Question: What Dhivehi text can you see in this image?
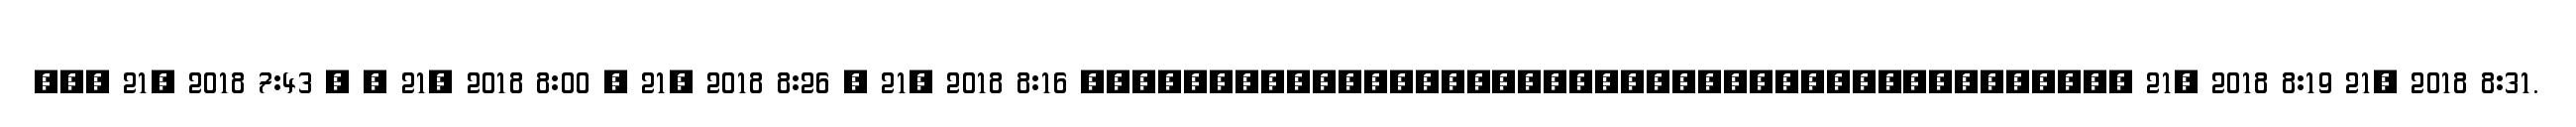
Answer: ??? 21, 2018 7:43 ? ? 21, 2018 8:00 ? 21, 2018 8:26 ? 21, 2018 8:16 ????????????????????????????????????????? 21, 2018 8:19 21, 2018 8:31.